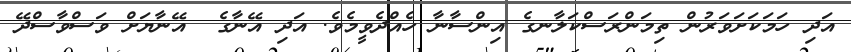
އަދި ހަމަކަށަވަރުން ތިމަންރަސްކަލާނގެ އިންސާނާ ހެއްދެވީމެވެ. އަދި އޭނާގެ  އޭނާޔަށް ވަސްވާސްދޭ